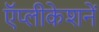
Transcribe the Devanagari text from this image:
ऍप्लीकेशनें